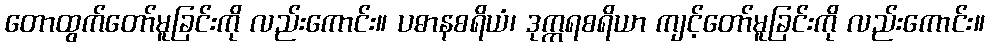
တောထွက်တော်မူခြင်းကို လည်းကောင်း။ ပဓာနစရိယံ၊ ဒုက္ကရစရိယာ ကျင့်တော်မူခြင်းကို လည်းကောင်း။